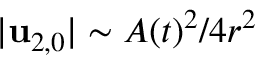
\vert \mathbf { u } _ { 2 , 0 } \vert \sim A ( t ) ^ { 2 } / 4 r ^ { 2 }